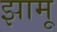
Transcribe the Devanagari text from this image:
झामू